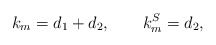
\begin{align*}k_m=d_1+d_2,\qquad{k_m^S=d_2},\end{align*}